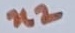
Text: n2